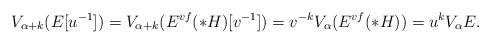
LaTeX: \begin{align*}V_{\alpha+k}(E[u^{-1}])=V_{\alpha+k}(E^{vf}(*H)[v^{-1}])=v^{-k}V_\alpha(E^{vf}(*H))=u^kV_\alpha E.\end{align*}